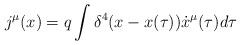
LaTeX: \begin{align*}j^{\mu}(x)=q\int{\delta^4(x-x(\tau))\dot{x}^{\mu}(\tau)d\tau}\end{align*}